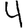
Digit: 4